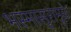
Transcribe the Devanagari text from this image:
भस्मासुरामुळे